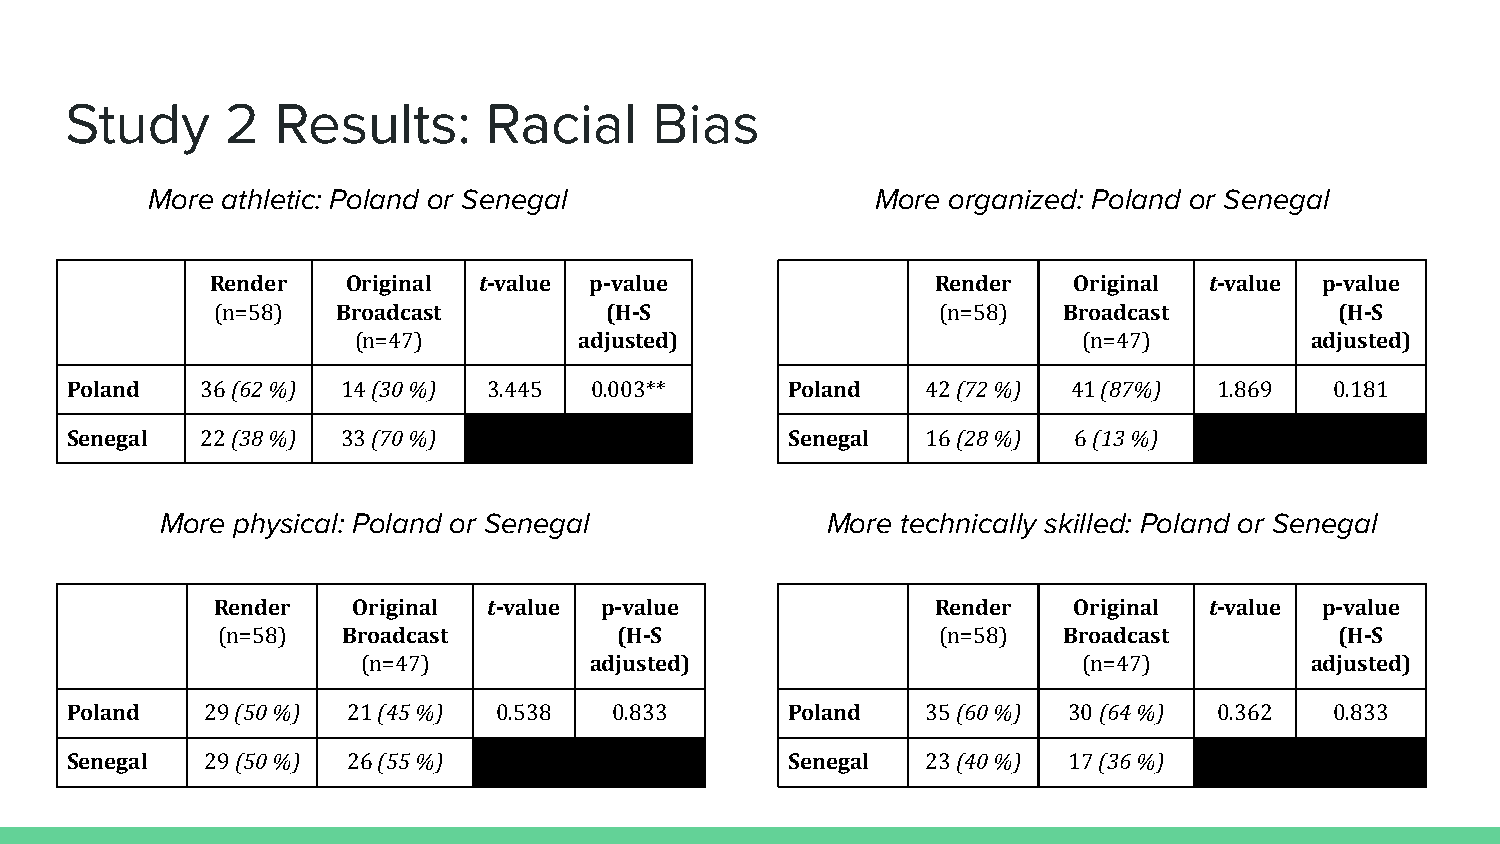
Study      2  Results:      Racial     Bias
 More athletic: Poland or Senegal                More organized: Poland or Senegal
 Render   Original t-value p-value               Render   Original t-value p-value
 (n=58)  Broadcast         (H-S                  (n=58)  Broadcast          (H-S
 (n=47)         adjusted)                         (n=47)         adjusted)
 Poland   36 (62 %) 14 (30 %) 3.445 0.003**      Poland   42 (72 %) 41 (87%)  1.869  0.181
 Senegal  22 (38 %) 33 (70 %)                    Senegal  16 (28 %) 6 (13 %)
 More physical: Poland or Senegal            More technically skilled: Poland or Senegal
 Render   Original t-value p-value               Render   Original t-value p-value
 (n=58)   Broadcast         (H-S                 (n=58)  Broadcast          (H-S
 (n=47)         adjusted)                        (n=47)         adjusted)
 Poland    29 (50 %) 21 (45 %) 0.538  0.833      Poland   35 (60 %) 30 (64 %) 0.362  0.833
 Senegal   29 (50 %) 26 (55 %)                   Senegal  23 (40 %) 17 (36 %)